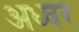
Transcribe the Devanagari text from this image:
अध्वर